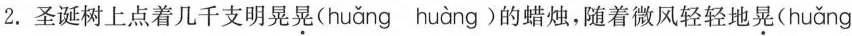
2.圣诞树上点着几千支明晃晃( huǎng huàng )的蜡烛，随着微风轻轻地晃( huǎng